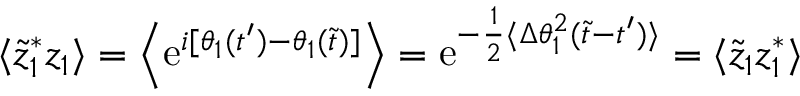
\langle \tilde { z } _ { 1 } ^ { * } z _ { 1 } \rangle = \Big \langle \mathrm { e } ^ { i [ \theta _ { 1 } ( t ^ { \prime } ) - \theta _ { 1 } ( \tilde { t } ) ] } \Big \rangle = \mathrm { e } ^ { - { \frac { 1 } { 2 } } \langle \Delta \theta _ { 1 } ^ { 2 } ( \tilde { t } - t ^ { \prime } ) \rangle } = \langle \tilde { z } _ { 1 } z _ { 1 } ^ { * } \rangle